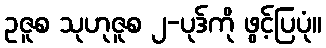
ဥဇူစ သုဟုဇူစ ၂-ပုဒ်ကို ဖွင့်ပြပုံ။